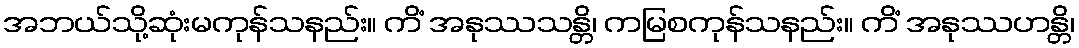
အဘယ်သို့ဆုံးမကုန်သနည်း။ ကိံ အနုဿသန္တိ၊ ကမြစကုန်သနည်း။ ကိံ အနုဿဟန္တိ၊